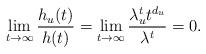
LaTeX: \begin{align*}\lim_{t\to\infty}\frac{h_u(t)}{h(t)} = \lim_{t\to\infty}\frac{\lambda_u^t t^{d_u}}{\lambda^t} = 0.\end{align*}